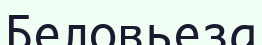
Беловьеза